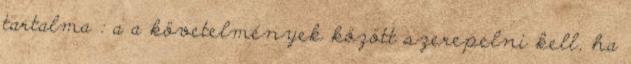
tartalma : a a követelmények között szerepelni kell, ha